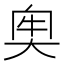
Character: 𡘠